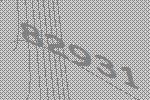
82931